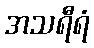
အသရီရံ